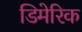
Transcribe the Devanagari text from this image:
डिमेरिक